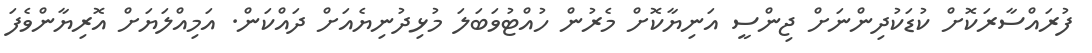
ފުރައްސާރަކޮށް ކުޑަކުދިންނަށް ޖިންސީ އަނިޔާކޮށް މެރުން ހުއްޓުވަބަލަ މުޅިދުނިޔެއަށް ދައްކަން. އަމިއްލަޔަށް އޮރިޔާންވެފަ